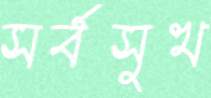
সর্বসুখ